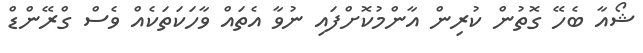
ޝޯއާ ބެހޭ ގޮތުން ކުރިން އާންމުކޮށްފައި ނުވާ އެތައް ވާހަކަތަކެއް ވެސް ގްރޭންޑް